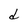
Character: d